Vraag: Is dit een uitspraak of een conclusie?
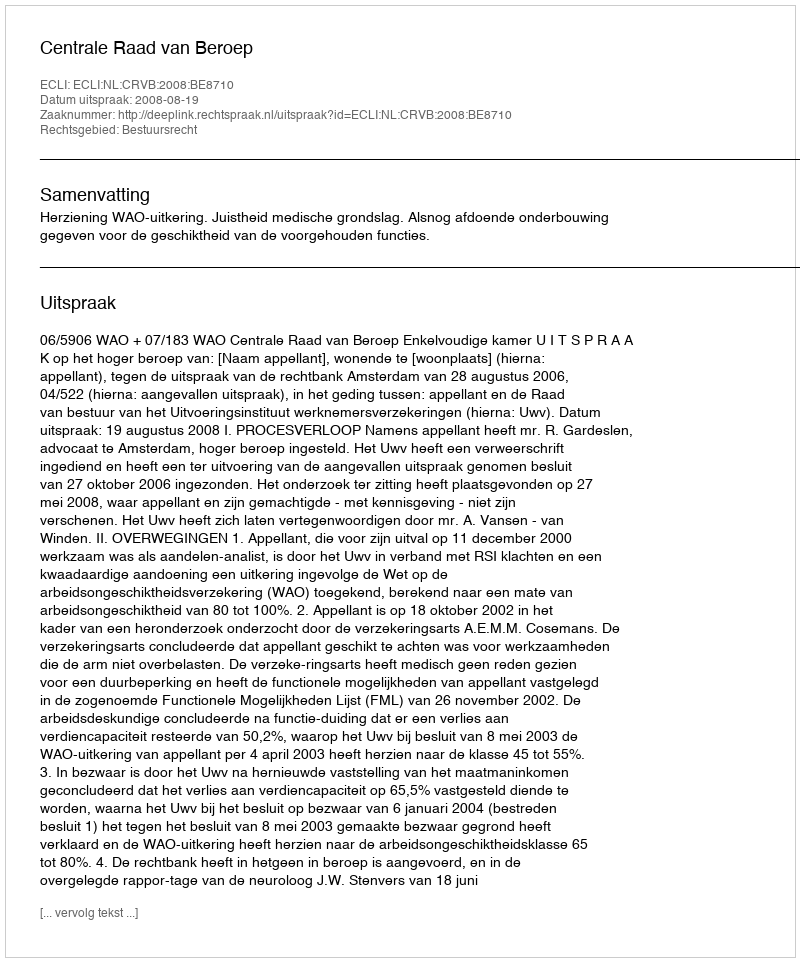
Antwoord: Uitspraak